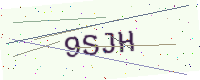
Text: 9SJH